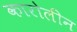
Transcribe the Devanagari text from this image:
कारोलीन